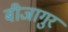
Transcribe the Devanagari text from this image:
बीजागुर